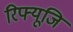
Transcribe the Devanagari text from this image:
रिफ्यूजि